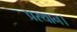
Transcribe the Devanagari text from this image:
प्रस्‍थान।